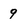
Character: g